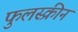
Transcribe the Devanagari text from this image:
फुलस्क्रीन